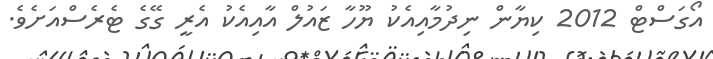
އޯގަސްޓް 2012 ކިޔާން ނިދުމާއިއެކު ޔޫހާ ޒައުލް އާއިއެކު އެރީ ގޭގެ ޓެރެސްއަށެވެ.